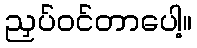
ညှပ်ဝင်တာပေါ့။